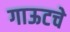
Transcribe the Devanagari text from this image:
गाऊटचे